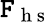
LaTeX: \mathtt{F}_{\mathrm{{~h~s~}}}